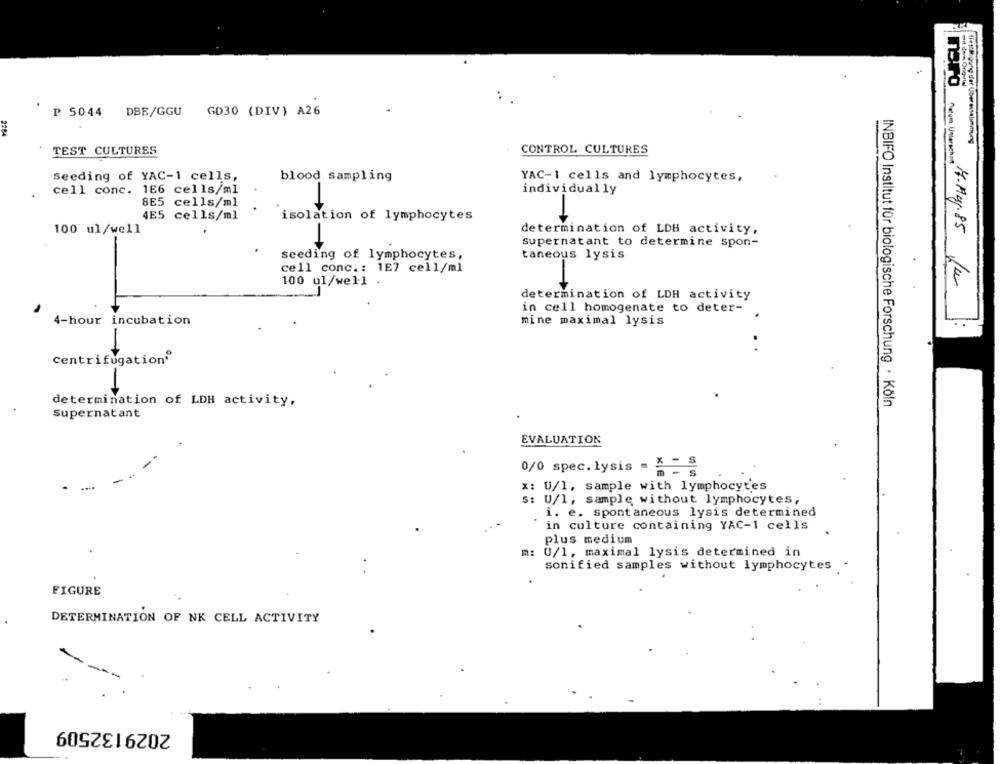
P 5044 DBE/GGU
GD30 (DIV) A26
2204
(in Myung der Uberennelimmung
TEST CULTURES
CONTROL CULTURES
Deum Unterschat
Seeding of YAC-1 cells,
blood sampling
YAC-1 cells and lymphocytes,
cell conc. 166 cells/ml
individually
8E5 cells/ml
4E5 cells/ml
isolation of lymphocytes
100 ul/well
determination of LDB activity,
H.Aug.85
Supernatant to determine spon-
seeding of lymphocytes,
taneous lysis
cell conc .: 1E7 cell/ml
100 ul/well
determination of LDH activity
in cell homogenate to deter-
4-hour incubation
mine maximal lysis
. .
Centrifugation®
determination of LDH activity,
INBIFO Institut für biologische Forschung · Köln
Supernatant
EVALUATION
0/0 spec.lysis = X = §
x: U/1. sample with lymphocytes
S: U/l, sample without lymphocytes,
i. e. spontaneous lysis determined
in culture containing YAC-1 cells
plus medium
m: U/1, maximal lysis determined in
sonified samples without lymphocytes
FIGURE
DETERMINATION OF NK CELL ACTIVITY
2029132509